Annual vaccination report of Bihar and Orissa - 1911-1928
Year: 1911
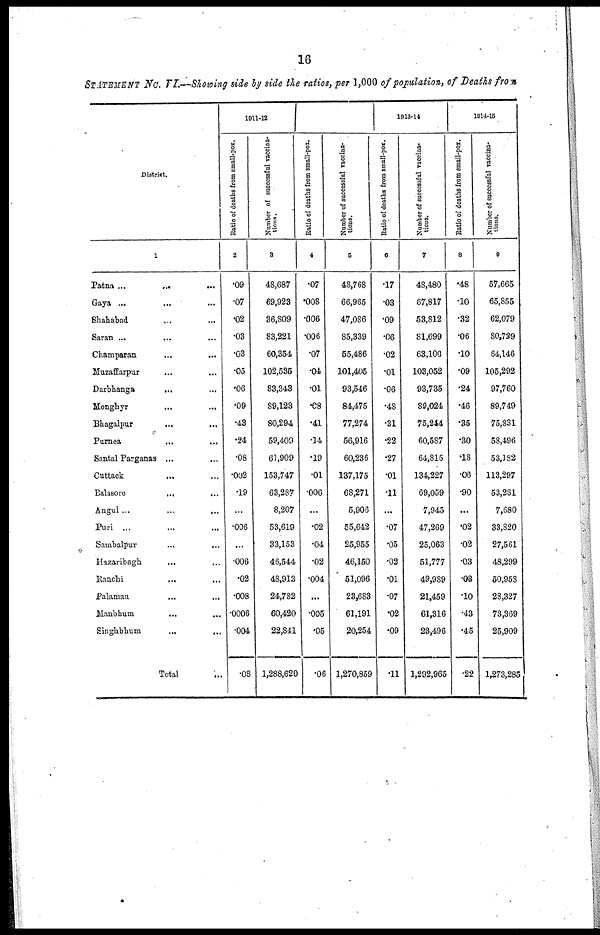
16
STATEMENT No. VI.—Showing side by side the ratios, per 1,000 of population, of Deaths from
District.
1
Patna ... ... ...
Gaya ... ... ...
Shahabad ... ...
Saran ...
... ...
Champaran
...
...
Muzaffarpur ... ...
Darbhanga
... ...
Monghyr ... ...
Bhagalpur ... ...
Purnea
...
...
Santal Parganas ... ...
Cuttack
... ...
Balasore
... ...
Angul... ... ...
Puri ... ... ...
Sambalpur
...
...
Hazaribagh
... ...
Ranchi
...
...
Palamau ... ...
Manbhum ... ...
Singhbhum
...
...
Total ...
1911-12
Ratio of deaths from small-pox.
2
.09
.07
.02
.03
.03
.05
.06
.09
.43
.24
.08
.002
.19
...
.006
...
.006
.02
.008
.0006
.004
.08
Number of successful vaccina¬
tions.
3
48,687
69,923
36,809
83,221
60,354
102,535
83,343
89,123
80,294
59,409
61,909
153,747
63,287
8,207
53,619
33,153
46,544
48,913
24,782
60,420
22,841
1,288,620
Ratio of deaths from small-pox.
4
.07
.008
.006
.006
.07
.04
.01
.08
.41
.14
.19
.01
.006
...
.02
.04
.02
.004
...
.005
.05
.06
Number of successful vaccina¬
tions.
5
48,768
66,965
47,086
85,339
55,486
101,405
93,546
84,475
77,274
56,916
60,236
137,175
68,271
5,906
55,642
25,955
46,150
51,096
23,683
61,191
20,254
1,270,859
1913-14
Ratio of deaths from small-pox.
6
.17
.03
.09
.06
.02
.01
.06
.48
.31
.22
.27
.01
.11
...
.07
.05
.02
.01
.07
.02
.09
.11
Number of successful vaccina-
tions.
7
48,480
67,817
53,812
81,699
63,100
103,052
93,735
89,024
75,244
60,587
64,815
134,227
69,059
7,945
47,269
25,063
51,777
49,989
21,459
61,316
23,496
1,292,965
1914-15
Ratio of deaths from small-pox.
8
.48
.10
.32
.06
.10
.09
.24
.46
.35
.30
.18
.06
.90
...
.02
.02
.03
.03
.10
.43
.45
.22
Number of successful vaccina¬
tions.
9
57,665
65,855
62,079
80,729
64,146
105,292
97,760
89,749
75,831
58,496
53,182
113,297
53,281
7,680
33,820
27,561
48,299
50,958
28,327
73,369
25,909
1,273,285